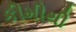
કીમીથી